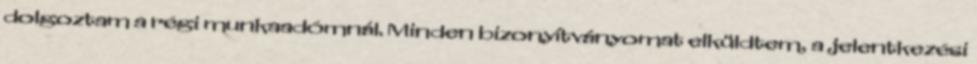
dolgoztam a régi munkaadómnál. Minden bizonyítványomat elküldtem, a jelentkezési